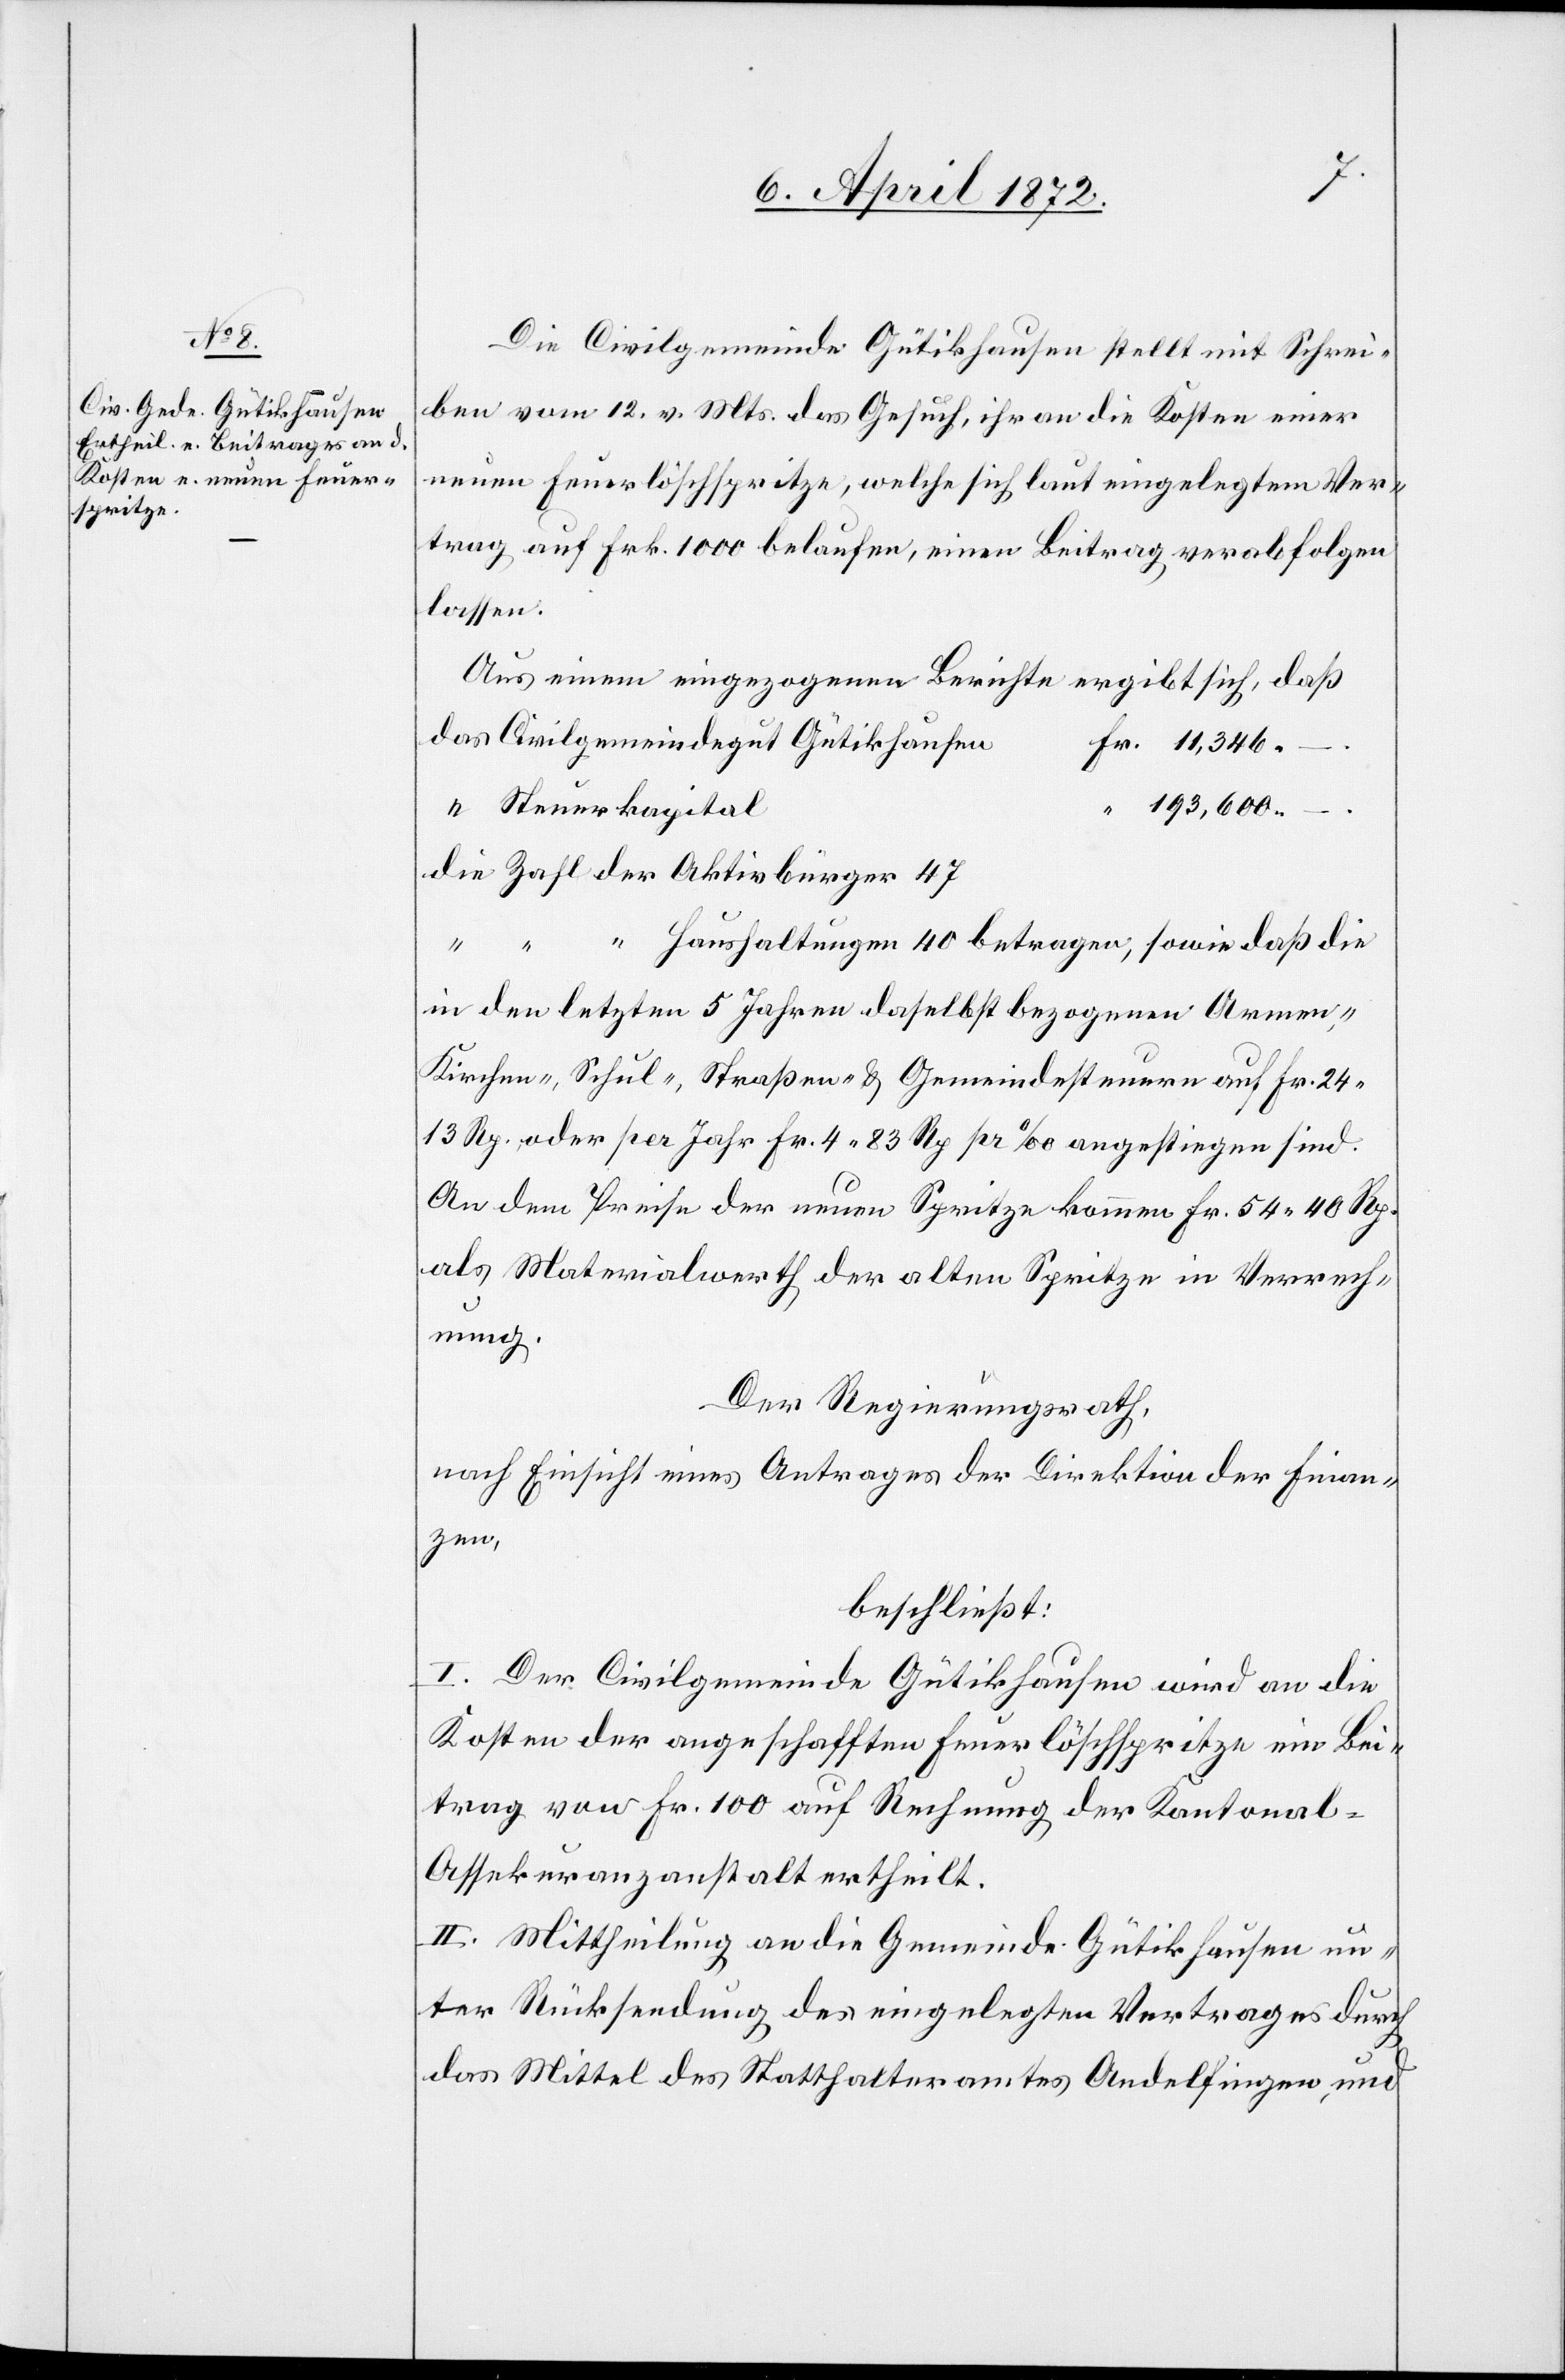
Die Civilgemeinde Gütikhausen stellt mit Schrei¬
ben vom 12. v. Mts. das Gesuch, ihr an die Kosten einer
neuen Feuerlöschspritze, welche sich laut eingelegtem Ver¬
trag auf Frk. 1000 belaufen, einen Beitrag verabfolgen
lassen.
Aus einem eingezogenen Berichte ergibt sich, daß
das Civilgemeindegut Gütikhausen
193,600.–.
Steuerkapital
5
die Zahl der Aktivbürger
Armen-,
40
Kirchen-, Schul-, Straßen- u. Gemeindesteuern auf Fr. 24.13
Rp. oder per Jahr Fr. 4.83 Rp pr ‰ angestiegen sind.
An dem Preise der neuen Spritze kommen Fr. 54.40 Rp.
als Materialwerth der alten Spritze in Verrech¬
nung.
Der Regierungsrath,
nach Einsicht eines Antrages der Direktion der Finan¬
zen,
beschließt:
I. Der Civilgemeinde Gütikhausen wird an die
Kosten der angeschafften Feuerlöschspritze ein Bei¬
trag von Fr. 100 auf Rechnung der Kantonal-A¬
ssekuranzanstalt ertheilt.
II. Mittheilung an die Gemeinde Gütikhausen un¬
ter Rücksendung des eingelegten Vertrages durch
das Mittel des Statthalteramtes Andelfingen, und